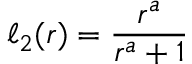
\ell _ { 2 } ( r ) = { \frac { r ^ { a } } { r ^ { a } + 1 } }